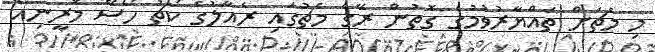
މި މެޗަށް ތައްޔާރުވުމުގެ ގޮތުން ރޭގެ މެޗުގައި ރެއާލުގެ ކޯޗު ހޯސޭ މޮރީނިއޯ